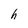
Character: h